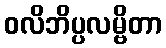
ဝလိဘိပ္ပလမ္ဗိတာ